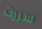
سررت